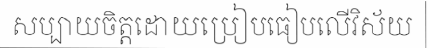
សប្បាយចិត្តដោយប្រៀបធៀបលើវិស័យ